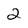
Character: 2